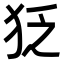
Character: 𤝑